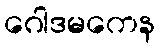
ဂေါဒမကေန